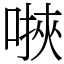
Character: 𫫄